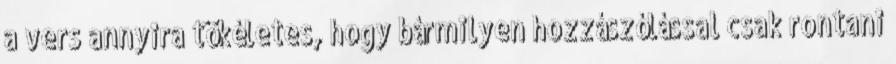
a vers annyira tökéletes, hogy bármilyen hozzászólással csak rontani